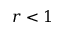
r < 1